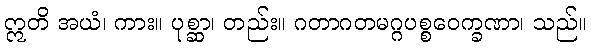
ဣတိ အယံ၊ ကား။ ပုစ္ဆာ၊ တည်း။ ဂတာဂတမဂ္ဂပစ္စဝေက္ခဏာ၊ သည်။